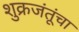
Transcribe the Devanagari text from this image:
शुक्रजंतूंचा